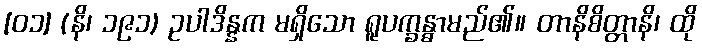
[၀၁] (နိ၊ ၁၉၁) ဥပါဒိန္နက မရှိသော ရူပက္ခန္ဓာမည်၏။ တာနိစိတ္တာနိ၊ ထို